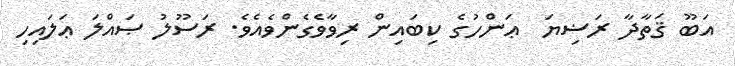
އަބޫ ޤަތާދާ ރަޟިޔަ  ޢަންހުގެ ކިބައިން ރިވާވެގެންވެއެވެ. ރަސޫލު ޞައްލަ ޢަލައިހި